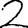
Digit: 2